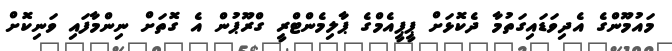
މައުމޫންގެ އެދިވަޑައިގަތުމާ ދެކޮޅަށް ޕީޕީއެމްގެ ޕާލިމެންޓްރީ ގްރޫޕުން އެ ގޮތަށް ނިންމާފައި ވަނިކޮށް